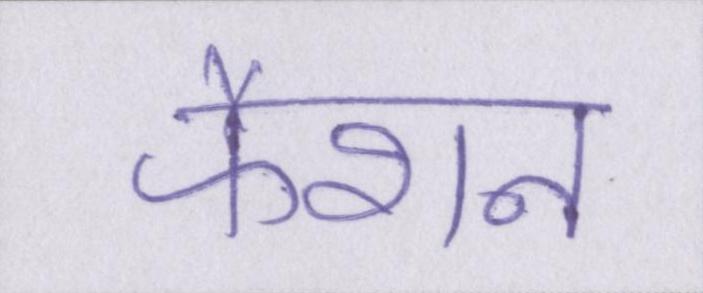
फैशन